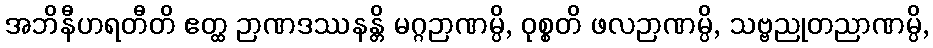
အဘိနီဟရတီတိ ဧတ္ထ ဉာဏဒဿနန္တိ မဂ္ဂဉာဏမ္ပိ, ဝုစ္စတိ ဖလဉာဏမ္ပိ, သဗ္ဗညုတညာဏမ္ပိ,